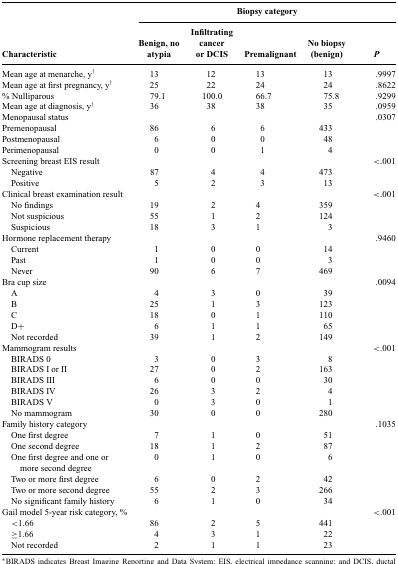
<table><thead><tr><td></td><td colspan="5"><b>Biopsy category</b></td></tr><tr><td><b>Characteristic</b></td><td><b>Benign, no atypia</b></td><td><b>Infiltrating cancer or DCIS</b></td><td><b>Premalignant</b></td><td><b>No biopsy (benign)</b></td><td><b><i>P</i></b></td></tr></thead><tbody><tr><td>Mean age at menarche, y†</td><td>13</td><td>12</td><td>13</td><td>13</td><td>.9997</td></tr><tr><td>Mean age at first pregnancy, y†</td><td>25</td><td>22</td><td>24</td><td>24</td><td>.8622</td></tr><tr><td>% Nulliparous</td><td>79.1</td><td>100.0</td><td>66.7</td><td>75.8</td><td>.9299</td></tr><tr><td>Mean age at diagnosis, y†</td><td>36</td><td>38</td><td>38</td><td>35</td><td>.0959</td></tr><tr><td>Menopausal status</td><td></td><td></td><td></td><td></td><td>.0307</td></tr><tr><td>Premenopausal</td><td>86</td><td>6</td><td>6</td><td>433</td><td></td></tr><tr><td>Postmenopausal</td><td>6</td><td>0</td><td>0</td><td>48</td><td></td></tr><tr><td>Perimenopausal</td><td>0</td><td>0</td><td>1</td><td>4</td><td></td></tr><tr><td>Screening breast EIS result</td><td></td><td></td><td></td><td></td><td>&lt;.001</td></tr><tr><td> Negative</td><td>87</td><td>4</td><td>4</td><td>473</td><td></td></tr><tr><td> Positive</td><td>5</td><td>2</td><td>3</td><td>13</td><td></td></tr><tr><td>Clinical breast examination result</td><td></td><td></td><td></td><td></td><td>&lt;.001</td></tr><tr><td> No findings</td><td>19</td><td>2</td><td>4</td><td>359</td><td></td></tr><tr><td> Not suspicious</td><td>55</td><td>1</td><td>2</td><td>124</td><td></td></tr><tr><td> Suspicious</td><td>18</td><td>3</td><td>1</td><td>3</td><td></td></tr><tr><td>Hormone replacement therapy</td><td></td><td></td><td></td><td></td><td>.9460</td></tr><tr><td> Current</td><td>1</td><td>0</td><td>0</td><td>14</td><td></td></tr><tr><td> Past</td><td>1</td><td>0</td><td>0</td><td>3</td><td></td></tr><tr><td> Never</td><td>90</td><td>6</td><td>7</td><td>469</td><td></td></tr><tr><td>Bra cup size</td><td></td><td></td><td></td><td></td><td>.0094</td></tr><tr><td> A</td><td>4</td><td>3</td><td>0</td><td>39</td><td></td></tr><tr><td> B</td><td>25</td><td>1</td><td>3</td><td>123</td><td></td></tr><tr><td> C</td><td>18</td><td>0</td><td>1</td><td>110</td><td></td></tr><tr><td> D+</td><td>6</td><td>1</td><td>1</td><td>65</td><td></td></tr><tr><td> Not recorded</td><td>39</td><td>1</td><td>2</td><td>149</td><td></td></tr><tr><td>Mammogram results</td><td></td><td></td><td></td><td></td><td>&lt;.001</td></tr><tr><td> BIRADS 0</td><td>3</td><td>0</td><td>3</td><td>8</td><td></td></tr><tr><td> BIRADS I or II</td><td>27</td><td>0</td><td>2</td><td>163</td><td></td></tr><tr><td> BIRADS III</td><td>6</td><td>0</td><td>0</td><td>30</td><td></td></tr><tr><td> BIRADS IV</td><td>26</td><td>3</td><td>2</td><td>4</td><td></td></tr><tr><td> BIRADS V</td><td>0</td><td>3</td><td>0</td><td>1</td><td></td></tr><tr><td> No mammogram</td><td>30</td><td>0</td><td>0</td><td>280</td><td></td></tr><tr><td>Family history category</td><td></td><td></td><td></td><td></td><td>.1035</td></tr><tr><td> One first degree</td><td>7</td><td>1</td><td>0</td><td>51</td><td></td></tr><tr><td> One second degree</td><td>18</td><td>1</td><td>2</td><td>87</td><td></td></tr><tr><td> One first degree and one or more second degree</td><td>0</td><td>1</td><td>0</td><td>6</td><td></td></tr><tr><td> Two or more first degree</td><td>6</td><td>0</td><td>2</td><td>42</td><td></td></tr><tr><td> Two or more second degree</td><td>55</td><td>2</td><td>3</td><td>266</td><td></td></tr><tr><td> No significant family history</td><td>6</td><td>1</td><td>0</td><td>34</td><td></td></tr><tr><td>Gail model 5-year risk category, %</td><td></td><td></td><td></td><td></td><td>&lt;.001</td></tr><tr><td> &lt;1.66</td><td>86</td><td>2</td><td>5</td><td>441</td><td></td></tr><tr><td> ≥1.66</td><td>4</td><td>3</td><td>1</td><td>22</td><td></td></tr><tr><td> Not recorded</td><td>2</td><td>1</td><td>1</td><td>23</td><td></td></tr></tbody></table>